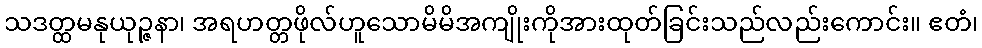
သဒတ္ထမနုယုဉ္ဇနာ၊ အရဟတ္တဖိုလ်ဟူသောမိမိအကျိုးကိုအားထုတ်ခြင်းသည်လည်းကောင်း။ ဧတံ၊